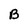
Character: B